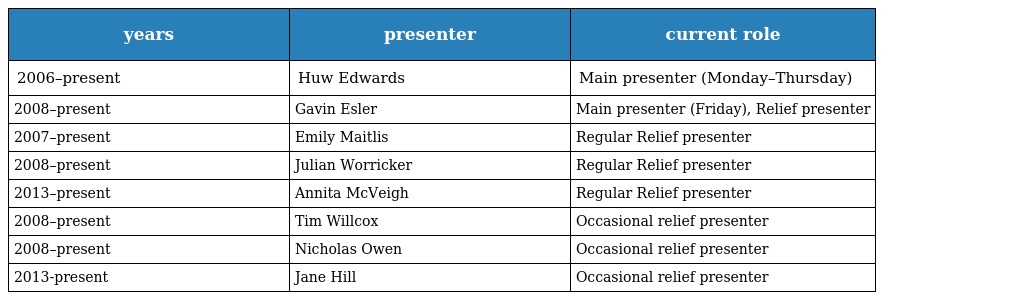
| years | presenter | current role |
 | --- | --- | --- |
 | 2006–present | Huw Edwards | Main presenter (Monday–Thursday) |
 | 2008–present | Gavin Esler | Main presenter (Friday), Relief presenter |
 | 2007–present | Emily Maitlis | Regular Relief presenter |
 | 2008–present | Julian Worricker | Regular Relief presenter |
 | 2013–present | Annita McVeigh | Regular Relief presenter |
 | 2008–present | Tim Willcox | Occasional relief presenter |
 | 2008–present | Nicholas Owen | Occasional relief presenter |
 | 2013-present | Jane Hill | Occasional relief presenter |